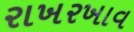
રાખરખાવ